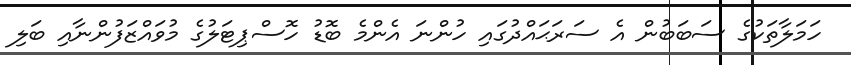
ހަމަލާތަކުގެ ސަބަބުން އެ ސަރަޙައްދުގައި ހުންނަ އެންމެ ބޮޑު ހޮސްޕިޓަލުގެ މުވައްޒަފުންނާއި ބަލި